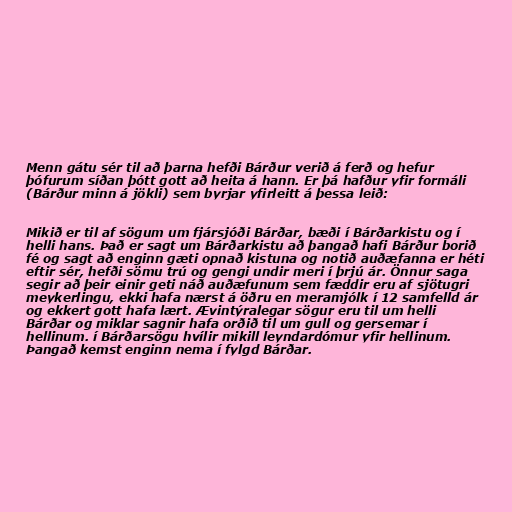
Menn gátu sér til að þarna hefði Bárður verið á ferð og hefur
þófurum síðan þótt gott að heita á hann. Er þá hafður yfir formáli
(Bárður minn á jökli) sem byrjar yfirleitt á þessa leið:

Mikið er til af sögum um fjársjóði Bárðar, bæði í Bárðarkistu og í
helli hans. Það er sagt um Bárðarkistu að þangað hafi Bárður borið
fé og sagt að enginn gæti opnað kistuna og notið auðæfanna er héti
eftir sér, hefði sömu trú og gengi undir meri í þrjú ár. Önnur saga
segir að þeir einir geti náð auðæfunum sem fæddir eru af sjötugri
meykerlingu, ekki hafa nærst á öðru en meramjólk í 12 samfelld ár
og ekkert gott hafa lært. Ævintýralegar sögur eru til um helli
Bárðar og miklar sagnir hafa orðið til um gull og gersemar í
hellinum. í Bárðarsögu hvílir mikill leyndardómur yfir hellinum.
Þangað kemst enginn nema í fylgd Bárðar.